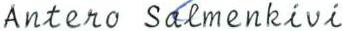
Antero Salmenkivi